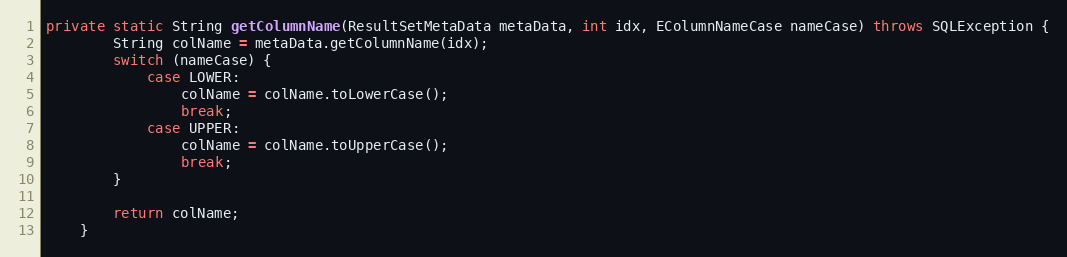
Language: Java
private static String getColumnName(ResultSetMetaData metaData, int idx, EColumnNameCase nameCase) throws SQLException {
		String colName = metaData.getColumnName(idx);
		switch (nameCase) {
			case LOWER:
				colName = colName.toLowerCase();
				break;
			case UPPER:
				colName = colName.toUpperCase();
				break;
		}

		return colName;
	}